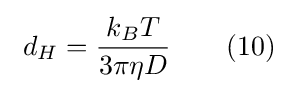
\ d_{H}={\frac {k_{B}T}{3\pi \eta D}}\qquad (10)